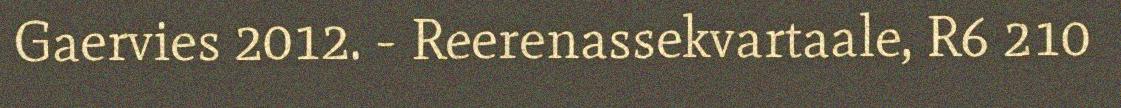
Gaervies 2012. - Reerenassekvartaale, R6 210